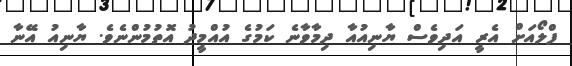
ފްލޯއަށް އެރީ އަދިވެސް ޔާނިއުއާ ދިމާވާނެ ކަމުގެ އުއްމީދު އޮތުމުންނެވެ. ޔާނިއު އޭނާ